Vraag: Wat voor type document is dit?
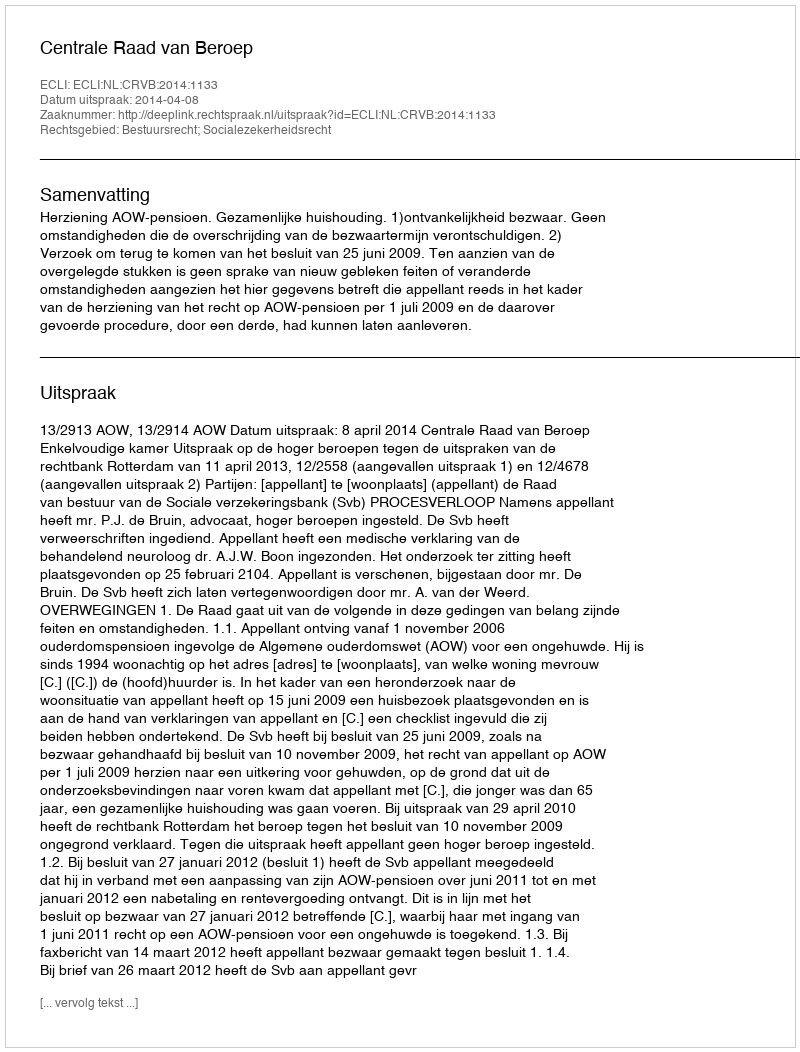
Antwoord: Uitspraak